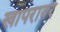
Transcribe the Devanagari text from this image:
खापरावर